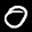
Label: 0